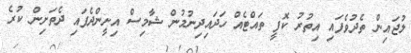
ލުޖައިން ތެދުވެފައި އިތުރު ކޮފީ ތައްޓެއް ހަދައިދިނުމުން ޝާމިސް އިށީންދެފައި ދެތަށިން ކުރެ